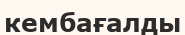
кембағалды